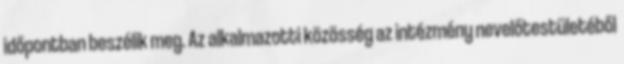
időpontban beszélik meg. Az alkalmazotti közösség az intézmény nevelőtestületéből